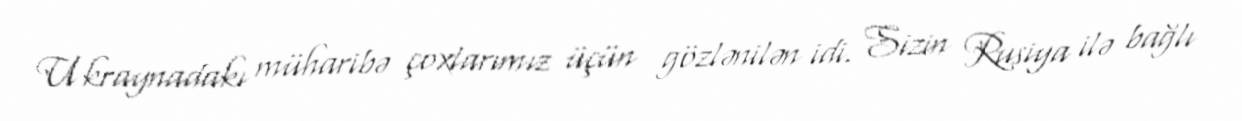
Ukraynadakı müharibə çoxlarımız üçün gözlənilən idi. Sizin Rusiya ilə bağlı